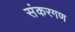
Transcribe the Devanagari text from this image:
संकरगण